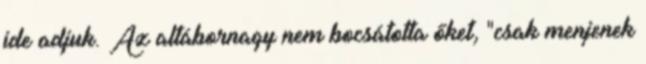
ide adjuk. Az altábornagy nem bocsátotta őket, "csak menjenek